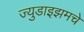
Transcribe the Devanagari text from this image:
ज्युडाइझमचे